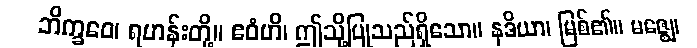
ဘိက္ခဝေ၊ ရဟန်းတို့။ ဧဝံဟိ၊ ဤသို့ပြုသည်ရှိသော။ နဒိယာ၊ မြစ်၏။ မဇ္ဈေ၊